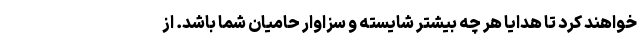
خواهند کرد تا هدایا هر چه بیشتر شایسته و سزاوار حامیان شما باشد. از